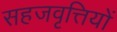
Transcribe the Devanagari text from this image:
सहजवृत्तियों